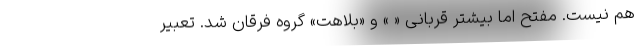
هم نیست. مفتح اما بیشتر قربانی « » و «بلاهت» گروه فرقان شد. تعبیر